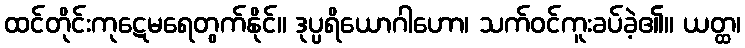
ထင်တိုင်းကုဋေမရေတွက်နိုင်။ ဒုပ္ပရိယောဂါဟော၊ သက်ဝင်ကူးခပ်ခဲ့၏။ ယတ္ထ၊